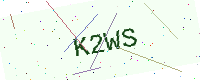
Text: K2WS